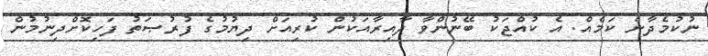
ނުކުމެދާނެ ކަމެއް. އެ ކުއްޖަކު ބޭނުންވާ ދާއިރާއަކުން ކުރިއަށް ދިޔުމުގެ ފުރުޞަތު ފަހިކޮށްދިނުމުން